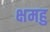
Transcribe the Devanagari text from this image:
क्षमहु